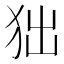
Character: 𤝒